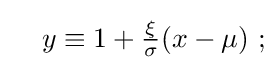
\quad y\equiv 1+{\tfrac {\xi }{\sigma }}(x-\mu )\ ;